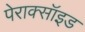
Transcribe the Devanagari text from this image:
पेराक्सॉइड